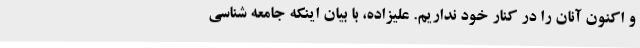
و اکنون آنان را در کنار خود نداریم. علیزاده، با بیان اینکه جامعه شناسی